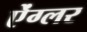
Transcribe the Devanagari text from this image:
ऐंग्लर